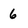
Character: 6